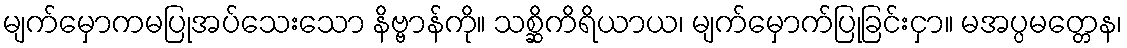
မျက်မှောကမပြုအပ်သေးသော နိဗ္ဗာန်ကို။ သစ္ဆိကိရိယာယ၊ မျက်မှောက်ပြုခြင်းငှာ။ မအပ္ပမတ္တေန၊